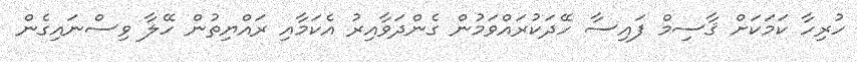
ހުރިހާ ކަމަކަށް ޤާސިމް ފައިސާ ހޭދަކުރައްވަމުން ގެންދަވާއިރު އެކަމާއި ރައްޔިތުން ހޭލާ ވިސްނައިގެން